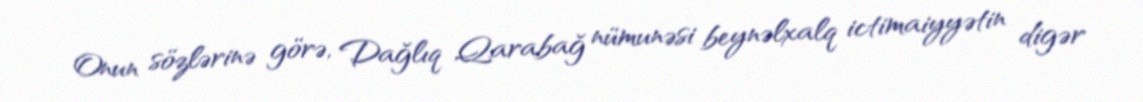
Onun sözlərinə görə, Dağlıq Qarabağ nümunəsi beynəlxalq ictimaiyyətin digər